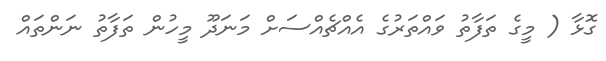
ގޮޅާ ( މީގެ ތަފާތު ވައްތަރުގެ އެއްޗެއްސަށް މަނަދޫ މީހުން ތަފާތު ނަންތައް